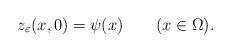
LaTeX: \begin{align*}z_\varepsilon(x,0)=\psi(x) \qquad(x\in \Omega).\end{align*}